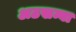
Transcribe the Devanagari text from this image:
अठखम्बा